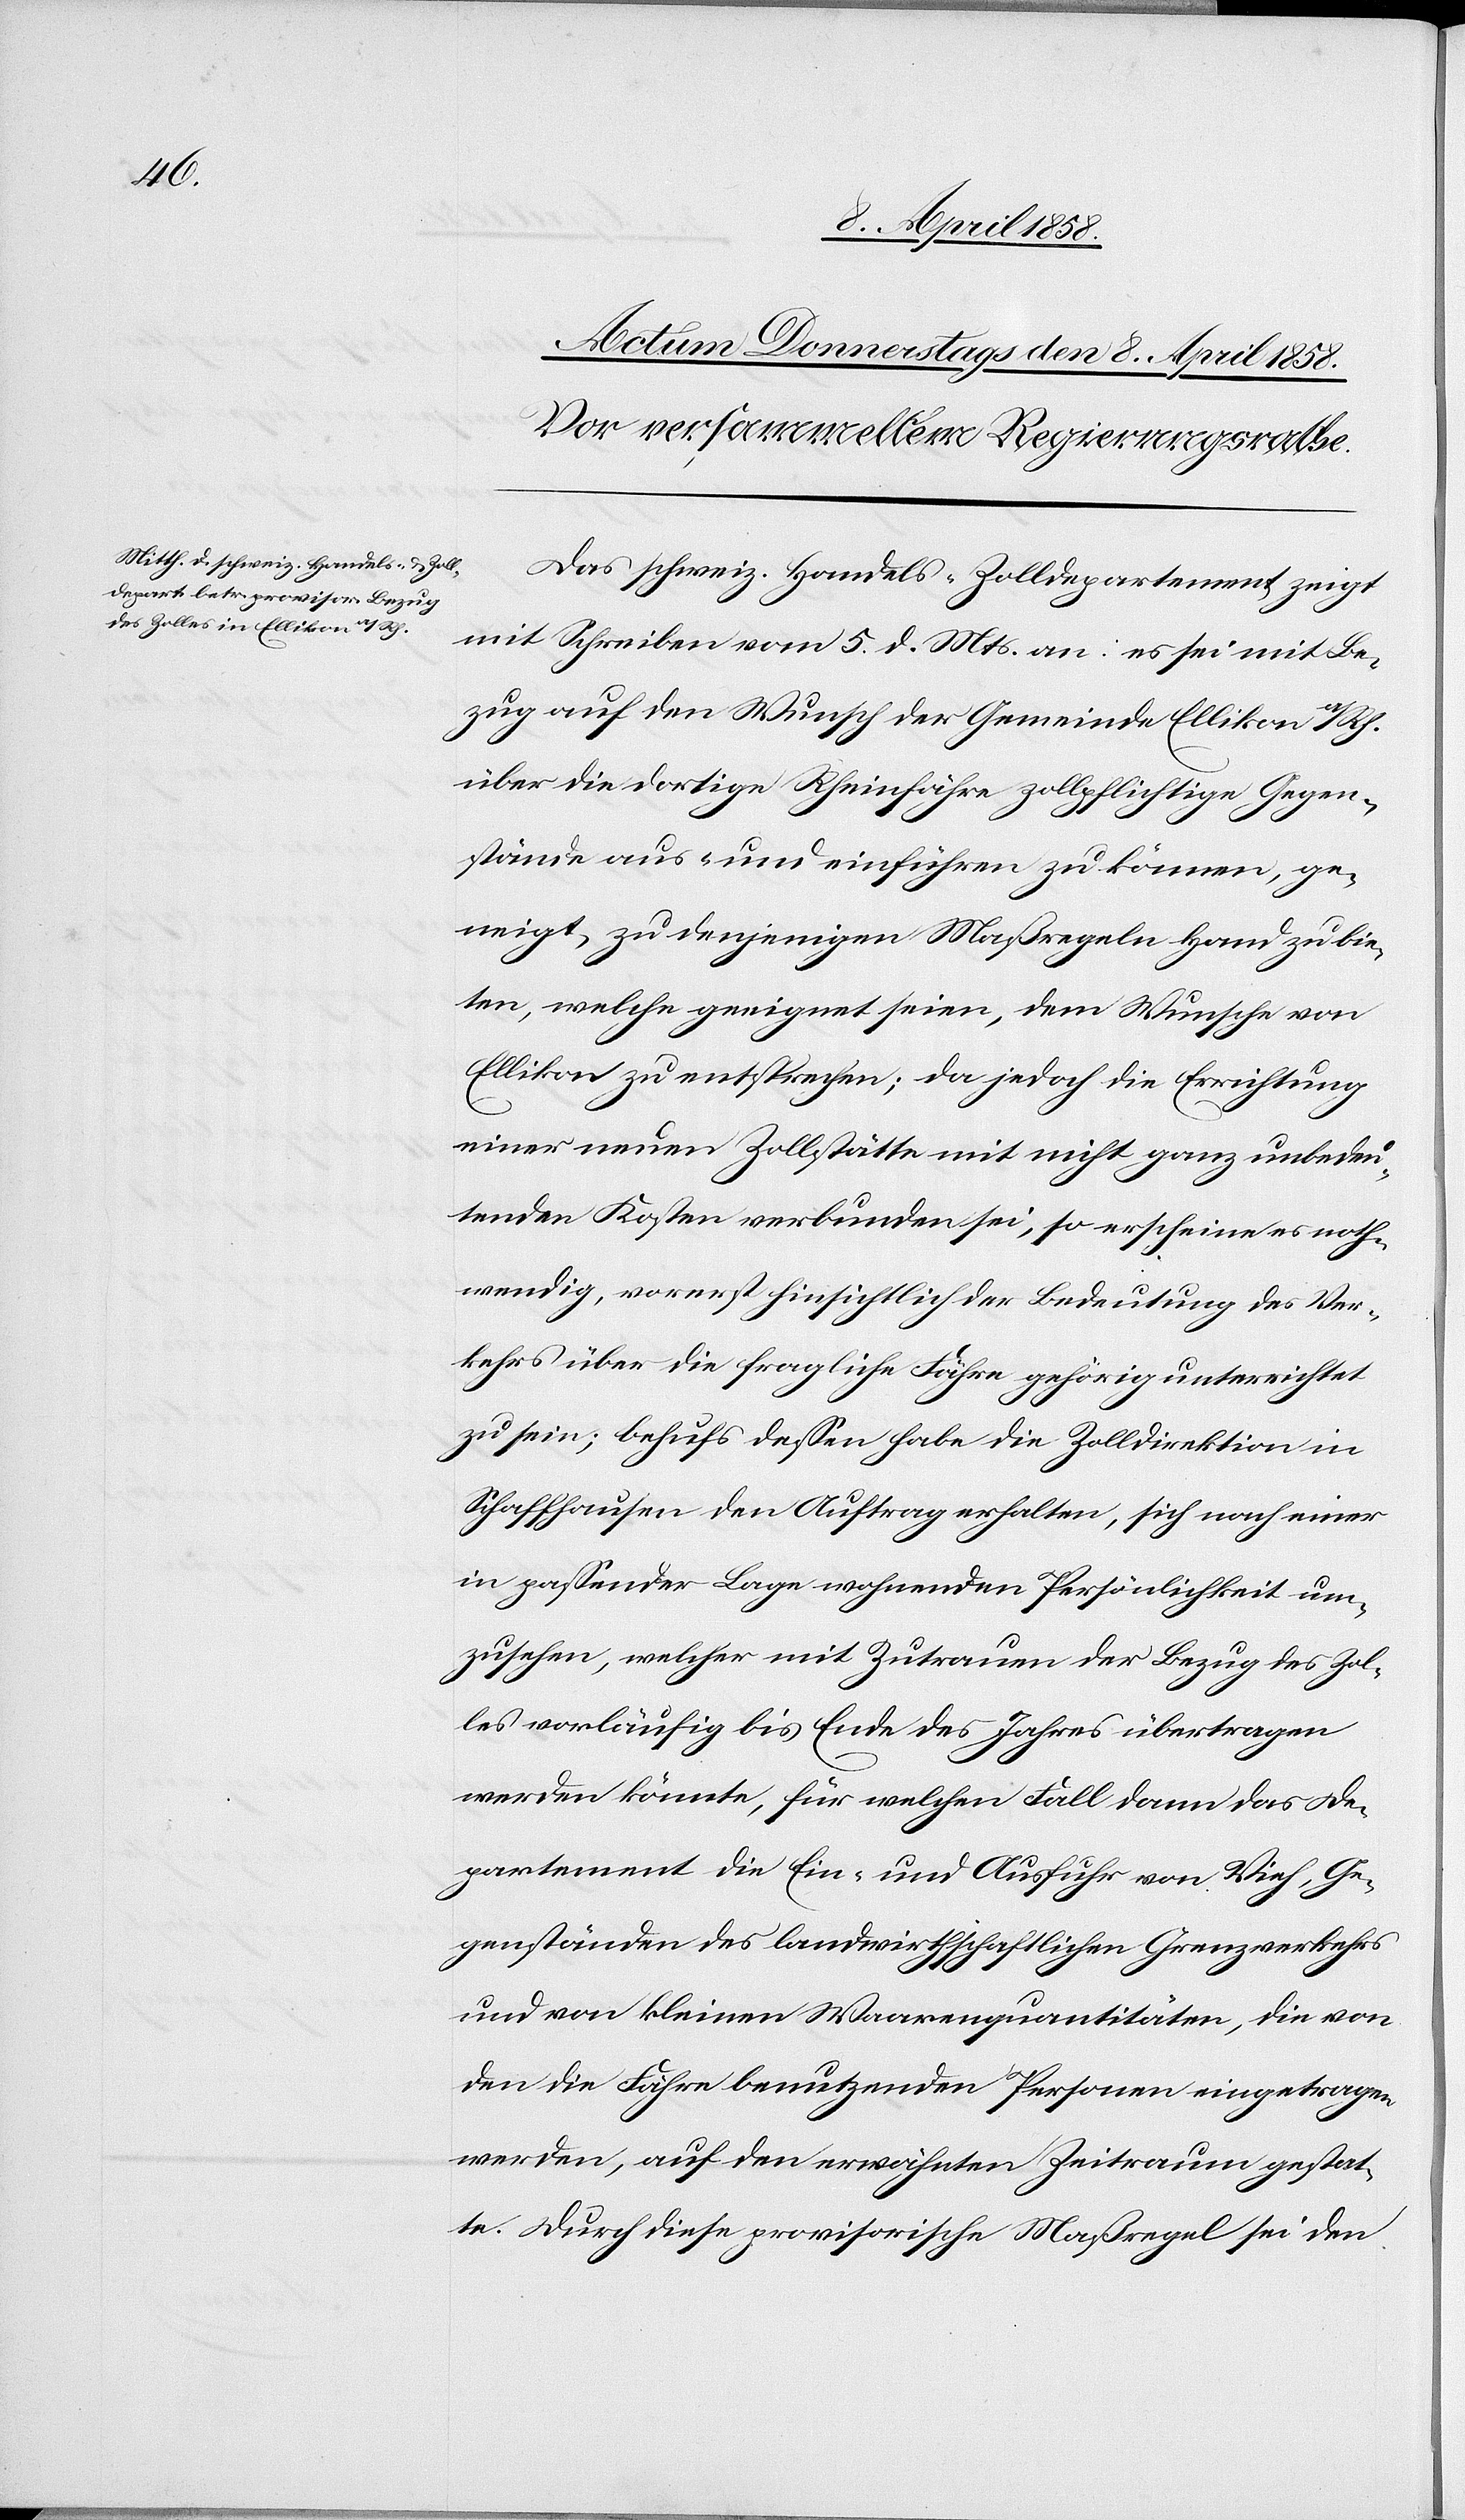
Das schweiz. Handels- [und] Zolldepartement zeigt
mit Schreiben vom 5. d. Mts. an: es sei mit Be¬
zug auf den Wunsch der Gemeinde Ellikon a/Rh.
über die dortige Rheinfähre zollpflichtige Gegen¬
stände aus- und einführen zu können, ge¬
neigt, zu denjenigen Maßregeln Hand zu bie¬
ten, welche geeignet seien, dem Wunsche von
Ellikon zu entsprechen; da jedoch die Errichtung
einer neuen Zollstätte mit nicht ganz unbedeu¬
tenden Kosten verbunden sei, so erscheine es noth¬
wendig, vorerst hinsichtlich der Bedeutung des Ver¬
kehrs über die fragliche Fähre gehörig unterrichtet
zu sein; behufs dessen habe die Zolldirektion in
Schaffhausen den Auftrag erhalten, sich nach einer
in passender Lage wohnenden Persönlichkeit um¬
zusehen, welcher mit Zutrauen der Bezug des Zol¬
les vorläufig bis Ende des Jahres übertragen
werden könnte, für welchen Fall dann das De¬
partement die Ein- und Ausfuhr von Vieh, Ge¬
genständen des landwirthschaftlichen Grenzverkehrs
und von kleinen Waarenquantitäten, die von
den die Fähre benutzenden Personen eingetragen
werden, auf den erwähnten Zeitraum gestat¬
te. Durch diese provisorische Maßregel sei den